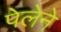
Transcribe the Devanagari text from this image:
पेलेने